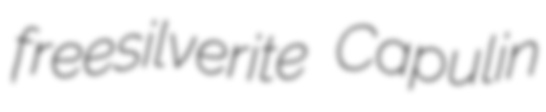
freesilverite Capulin